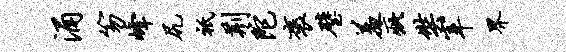
涌笏峰尻只荆陀褒璧羞疵奘宰界